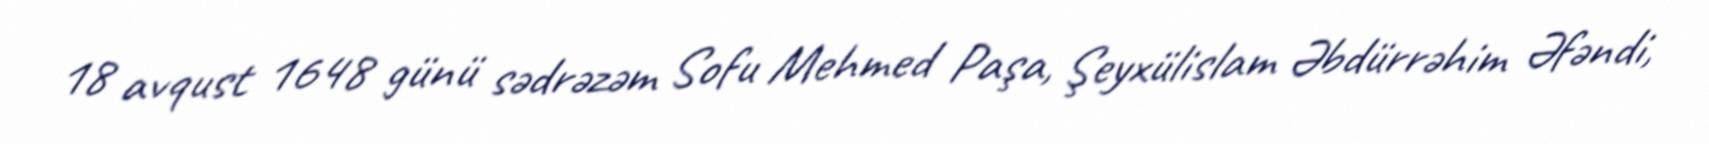
18 avqust 1648 günü sədrəzəm Sofu Mehmed Paşa, Şeyxülislam Əbdürrəhim Əfəndi,